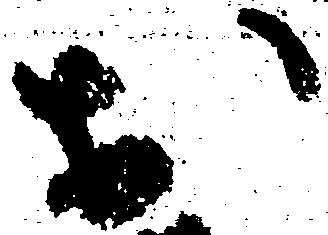
於